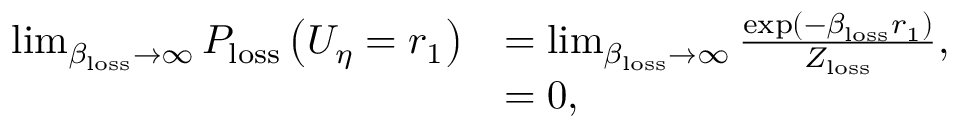
\begin{array} { r l } { \operatorname* { l i m } _ { \beta _ { \mathrm { l o s s } } \rightarrow \infty } P _ { \mathrm { l o s s } } \left( U _ { \eta } = r _ { 1 } \right) } & { = \operatorname* { l i m } _ { \beta _ { \mathrm { l o s s } } \rightarrow \infty } \frac { \exp \left( - \beta _ { \mathrm { l o s s } } r _ { 1 } \right) } { Z _ { \mathrm { l o s s } } } , } \\ & { = 0 , } \end{array}